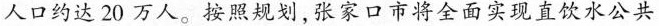
人口约达20 万人。按照规划.张家口市将全面实现直饮水公共